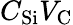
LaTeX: C_{\mathrm{{Si}}}V_{\mathrm{{C}}}